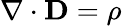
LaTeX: \nabla\cdot\mathbf{D}=\rho